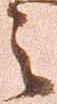
之